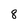
Character: 8